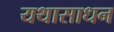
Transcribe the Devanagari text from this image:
यथासाधन